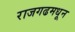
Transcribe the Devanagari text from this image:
राजगढमधून